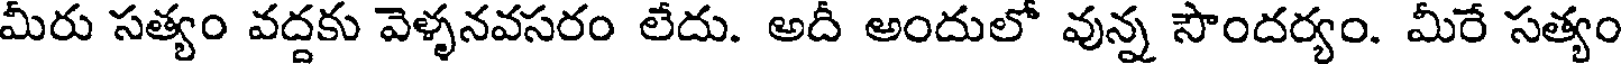
మీరు సత్యం వద్దకు వెళ్ళనవసరం లేదు. అదీ అందులో వున్న సౌందర్యం. మీరే సత్యం